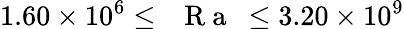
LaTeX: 1.60\times 10^{6}\leq\mathrm{~\textit~{~R~a~}~}\leq 3.20\times 10^{9}